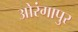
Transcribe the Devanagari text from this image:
ओरंगापुर